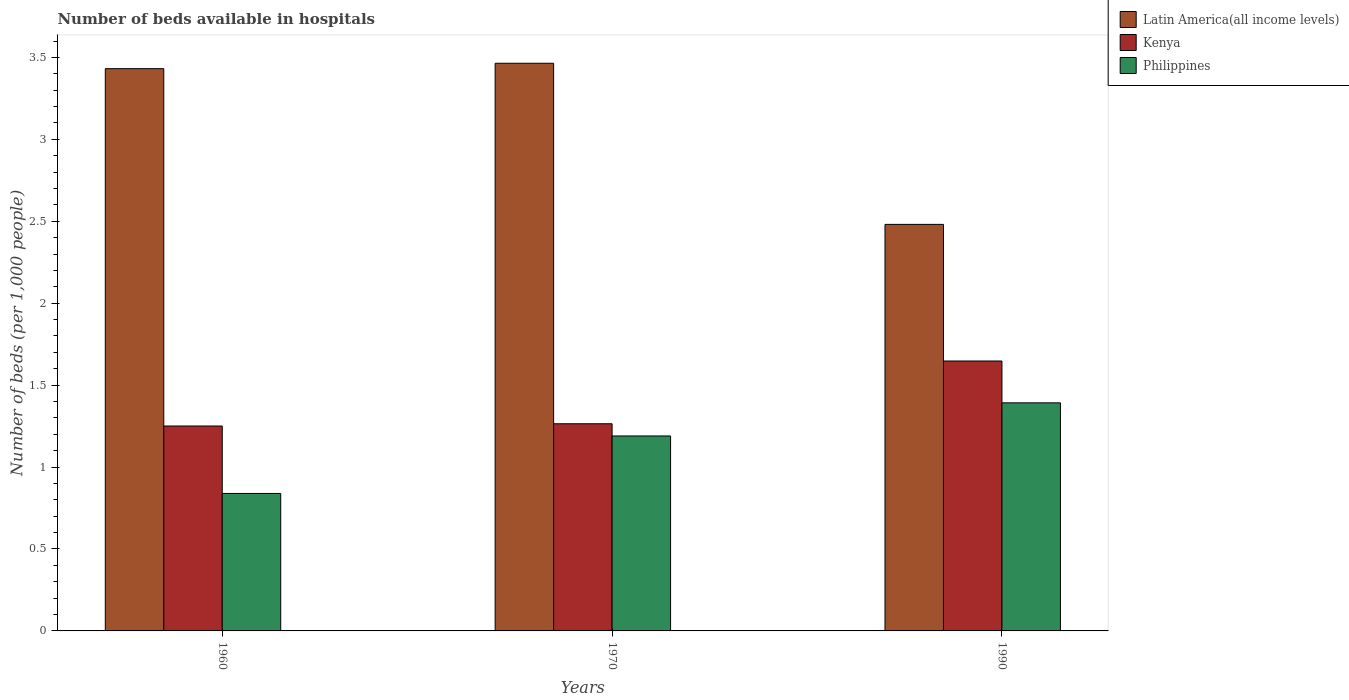
| Years | Latin America(all income levels) | Kenya | Philippines |
 | --- | --- | --- | --- |
 | 1960 | 3.43 | 1.25 | 0.839 |
 | 1970 | 3.46 | 1.26 | 1.19 |
 | 1990 | 2.48 | 1.65 | 1.39 |